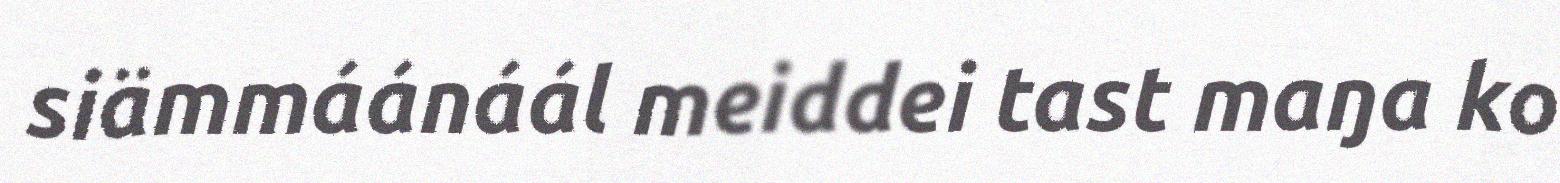
siämmáánáál meiddei tast maŋa ko